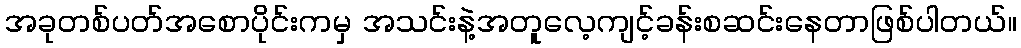
အခုတစ်ပတ်အစောပိုင်းကမှ အသင်းနဲ့အတူလေ့ကျင့်ခန်းစဆင်းနေတာဖြစ်ပါတယ်။